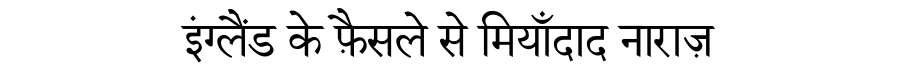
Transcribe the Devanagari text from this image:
इंग्लैंड के फ़ैसले से मियाँदाद नाराज़